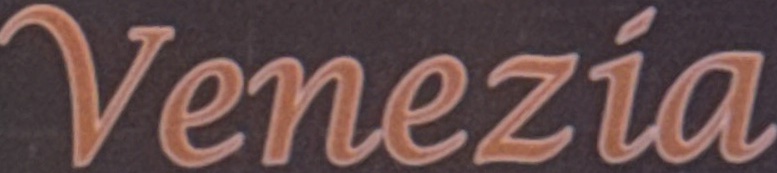
Venezia